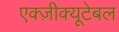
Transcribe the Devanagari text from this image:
एक्ज़ीक्यूटेबल